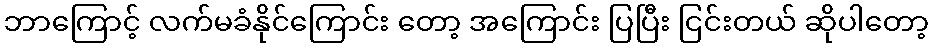
ဘာကြောင့် လက်မခံနိုင်ကြောင်း တော့ အကြောင်း ပြပြီး ငြင်းတယ် ဆိုပါတော့